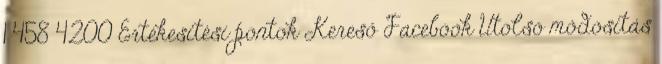
1 458 4200 Értékesítési pontok Kereső Facebook Utolsó módosítás